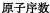
原子序数